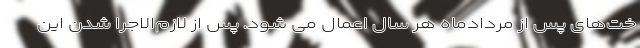
خت‌های پس از مردادماه هر سال اعمال می شود. پس از لازم‌الاجرا شدن این